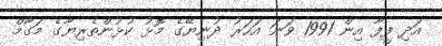
އަދި ފީފާ އިން 1991 ވަނަ އަހަރު ދުނިޔޭގެ މޮޅު ކުޅުންތެރިޔާގެ މަގާމް